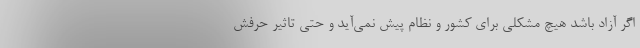
اگر آزاد باشد هیچ مشکلی برای کشور و نظام پیش نمی‌آید و حتی تاثیر حرفش